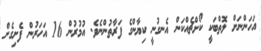
އަހަންނަށް ލޮތްބަކީ ކޯށްޗެއްކަން އެނގުނީ ކިޔާންގެ ފަރާތުންނެވެ. އުމުރުން 16 އަހަރުން ފެށިގެން